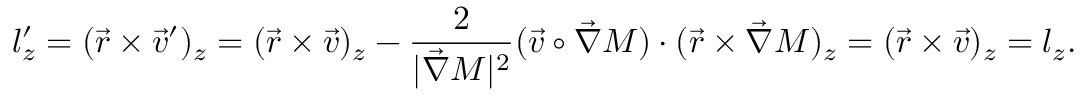
l _ { z } ^ { \prime } = ( \vec { r } \times \vec { v } ^ { \prime } ) _ { z } = ( \vec { r } \times \vec { v } ) _ { z } - \frac { 2 } { | \vec { \nabla } M | ^ { 2 } } ( \vec { v } \circ \vec { \nabla } M ) \cdot ( \vec { r } \times \vec { \nabla } M ) _ { z } = ( \vec { r } \times \vec { v } ) _ { z } = l _ { z } .